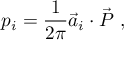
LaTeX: p _ { i } = \frac { 1 } { 2 \pi } { \vec { a } } _ { i } \cdot { \vec { P } } ~ ,